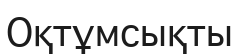
Оқтұмсықты